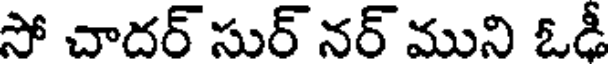
సో చాదర్ సుర్ నర్ ముని ఓడీ